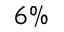
6 \%